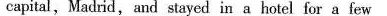
capital,Madrid,and stayed in a hotel for a few